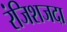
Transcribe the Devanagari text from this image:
रंजिशजदा